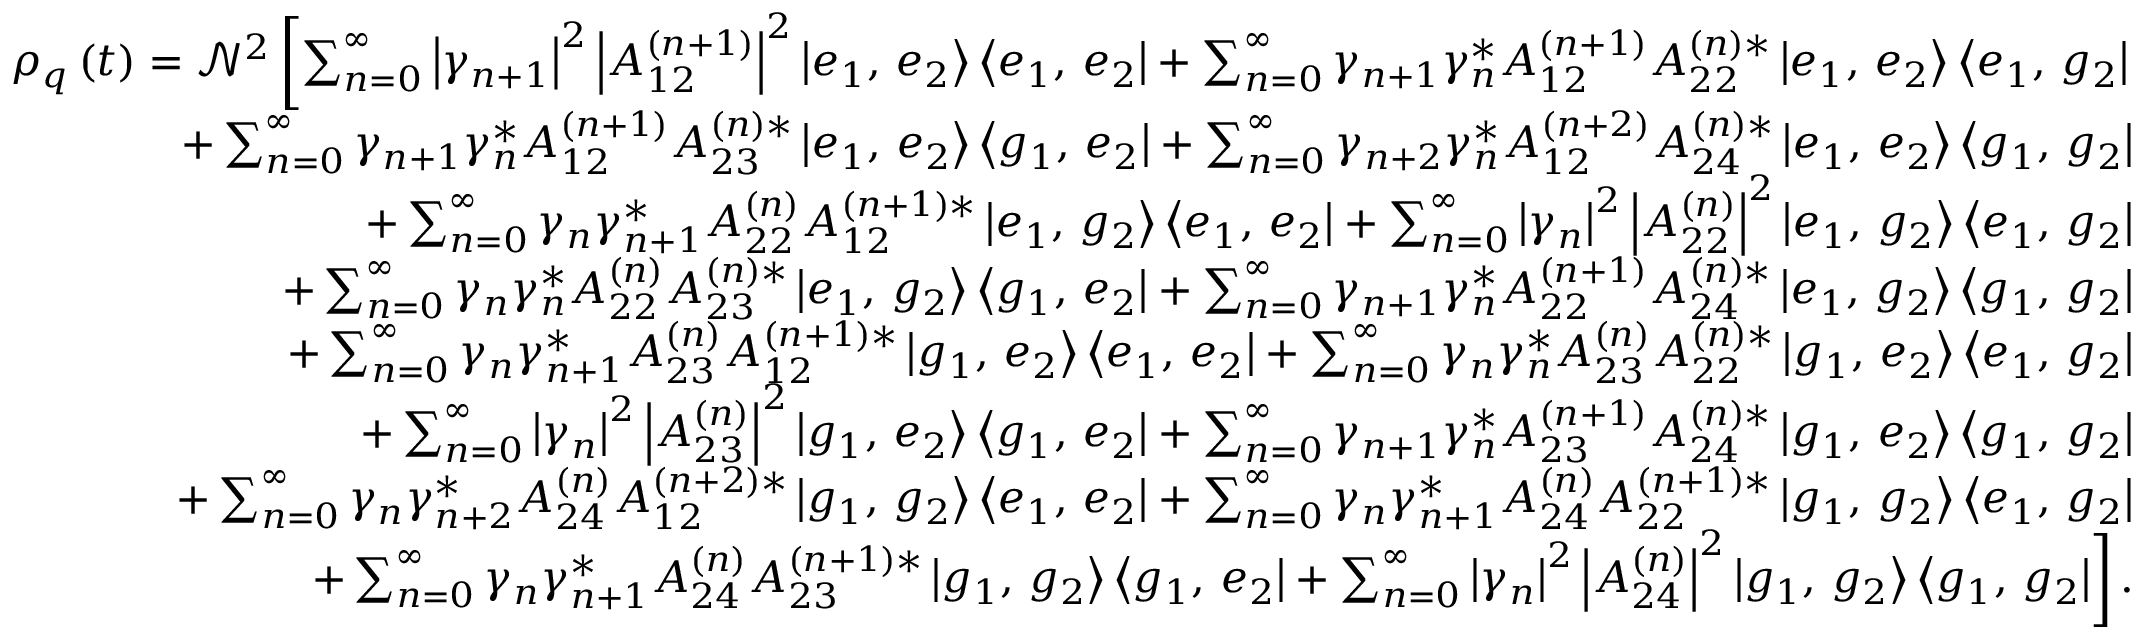
\begin{array} { r } { \rho _ { q } \left( t \right) = \mathcal { N } ^ { 2 } \left[ \sum _ { n = 0 } ^ { \infty } \left| \gamma _ { n + 1 } \right| ^ { 2 } \left| A _ { 1 2 } ^ { \left( n + 1 \right) } \right| ^ { 2 } \left| e _ { 1 } , \, e _ { 2 } \right\rangle \left\langle e _ { 1 } , \, e _ { 2 } \right| + \sum _ { n = 0 } ^ { \infty } \gamma _ { n + 1 } \gamma _ { n } ^ { * } A _ { 1 2 } ^ { \left( n + 1 \right) } A _ { 2 2 } ^ { \left( n \right) * } \left| e _ { 1 } , \, e _ { 2 } \right\rangle \left\langle e _ { 1 } , \, g _ { 2 } \right| \right. } \\ { + \sum _ { n = 0 } ^ { \infty } \gamma _ { n + 1 } \gamma _ { n } ^ { * } A _ { 1 2 } ^ { \left( n + 1 \right) } A _ { 2 3 } ^ { \left( n \right) * } \left| e _ { 1 } , \, e _ { 2 } \right\rangle \left\langle g _ { 1 } , \, e _ { 2 } \right| + \sum _ { n = 0 } ^ { \infty } \gamma _ { n + 2 } \gamma _ { n } ^ { * } A _ { 1 2 } ^ { \left( n + 2 \right) } A _ { 2 4 } ^ { \left( n \right) * } \left| e _ { 1 } , \, e _ { 2 } \right\rangle \left\langle g _ { 1 } , \, g _ { 2 } \right| } \\ { + \sum _ { n = 0 } ^ { \infty } \gamma _ { n } \gamma _ { n + 1 } ^ { * } A _ { 2 2 } ^ { \left( n \right) } A _ { 1 2 } ^ { \left( n + 1 \right) * } \left| e _ { 1 } , \, g _ { 2 } \right\rangle \left\langle e _ { 1 } , \, e _ { 2 } \right| + \sum _ { n = 0 } ^ { \infty } \left| \gamma _ { n } \right| ^ { 2 } \left| A _ { 2 2 } ^ { \left( n \right) } \right| ^ { 2 } \left| e _ { 1 } , \, g _ { 2 } \right\rangle \left\langle e _ { 1 } , \, g _ { 2 } \right| } \\ { + \sum _ { n = 0 } ^ { \infty } \gamma _ { n } \gamma _ { n } ^ { * } A _ { 2 2 } ^ { \left( n \right) } A _ { 2 3 } ^ { \left( n \right) * } \left| e _ { 1 } , \, g _ { 2 } \right\rangle \left\langle g _ { 1 } , \, e _ { 2 } \right| + \sum _ { n = 0 } ^ { \infty } \gamma _ { n + 1 } \gamma _ { n } ^ { * } A _ { 2 2 } ^ { \left( n + 1 \right) } A _ { 2 4 } ^ { \left( n \right) * } \left| e _ { 1 } , \, g _ { 2 } \right\rangle \left\langle g _ { 1 } , \, g _ { 2 } \right| } \\ { + \sum _ { n = 0 } ^ { \infty } \gamma _ { n } \gamma _ { n + 1 } ^ { * } A _ { 2 3 } ^ { \left( n \right) } A _ { 1 2 } ^ { \left( n + 1 \right) * } \left| g _ { 1 } , \, e _ { 2 } \right\rangle \left\langle e _ { 1 } , \, e _ { 2 } \right| + \sum _ { n = 0 } ^ { \infty } \gamma _ { n } \gamma _ { n } ^ { * } A _ { 2 3 } ^ { \left( n \right) } A _ { 2 2 } ^ { \left( n \right) * } \left| g _ { 1 } , \, e _ { 2 } \right\rangle \left\langle e _ { 1 } , \, g _ { 2 } \right| } \\ { + \sum _ { n = 0 } ^ { \infty } \left| \gamma _ { n } \right| ^ { 2 } \left| A _ { 2 3 } ^ { \left( n \right) } \right| ^ { 2 } \left| g _ { 1 } , \, e _ { 2 } \right\rangle \left\langle g _ { 1 } , \, e _ { 2 } \right| + \sum _ { n = 0 } ^ { \infty } \gamma _ { n + 1 } \gamma _ { n } ^ { * } A _ { 2 3 } ^ { \left( n + 1 \right) } A _ { 2 4 } ^ { \left( n \right) * } \left| g _ { 1 } , \, e _ { 2 } \right\rangle \left\langle g _ { 1 } , \, g _ { 2 } \right| } \\ { + \sum _ { n = 0 } ^ { \infty } \gamma _ { n } \gamma _ { n + 2 } ^ { * } A _ { 2 4 } ^ { \left( n \right) } A _ { 1 2 } ^ { \left( n + 2 \right) * } \left| g _ { 1 } , \, g _ { 2 } \right\rangle \left\langle e _ { 1 } , \, e _ { 2 } \right| + \sum _ { n = 0 } ^ { \infty } \gamma _ { n } \gamma _ { n + 1 } ^ { * } A _ { 2 4 } ^ { \left( n \right) } A _ { 2 2 } ^ { \left( n + 1 \right) * } \left| g _ { 1 } , \, g _ { 2 } \right\rangle \left\langle e _ { 1 } , \, g _ { 2 } \right| } \\ { \left. + \sum _ { n = 0 } ^ { \infty } \gamma _ { n } \gamma _ { n + 1 } ^ { * } A _ { 2 4 } ^ { \left( n \right) } A _ { 2 3 } ^ { \left( n + 1 \right) * } \left| g _ { 1 } , \, g _ { 2 } \right\rangle \left\langle g _ { 1 } , \, e _ { 2 } \right| + \sum _ { n = 0 } ^ { \infty } \left| \gamma _ { n } \right| ^ { 2 } \left| A _ { 2 4 } ^ { \left( n \right) } \right| ^ { 2 } \left| g _ { 1 } , \, g _ { 2 } \right\rangle \left\langle g _ { 1 } , \, g _ { 2 } \right| \right] . } \end{array}